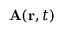
{ \bf A } ( { \bf r } , t )